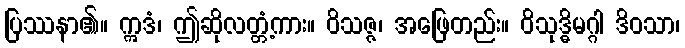
ပြဿနာ၏။ ဣဒံ၊ ဤဆိုလတ္တံ့ကား။ ဝိသဇ္ဇ၊ အဖြေတည်း။ ဝိသုဒ္ဓိမဂ္ဂါ ဒိဝသာ၊